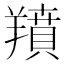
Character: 羵